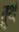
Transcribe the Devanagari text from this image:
तुथं